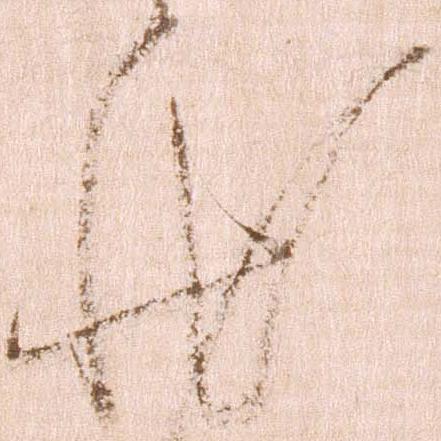
状